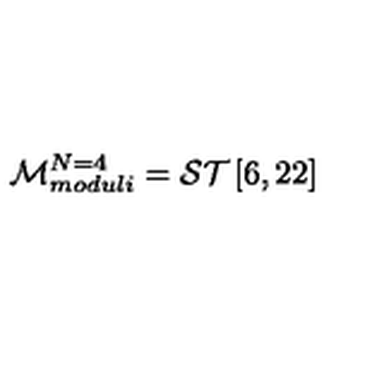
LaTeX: { \cal M } _ { m o d u l i } ^ { N = 4 } = { { \cal S T } } \left[ 6 , 2 2 \right]